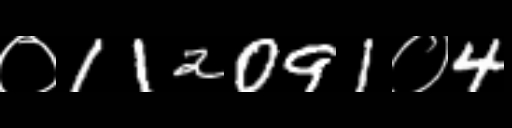
Text: ०112091०4